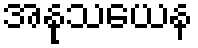
အနုသယေန